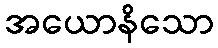
အယောနိသော